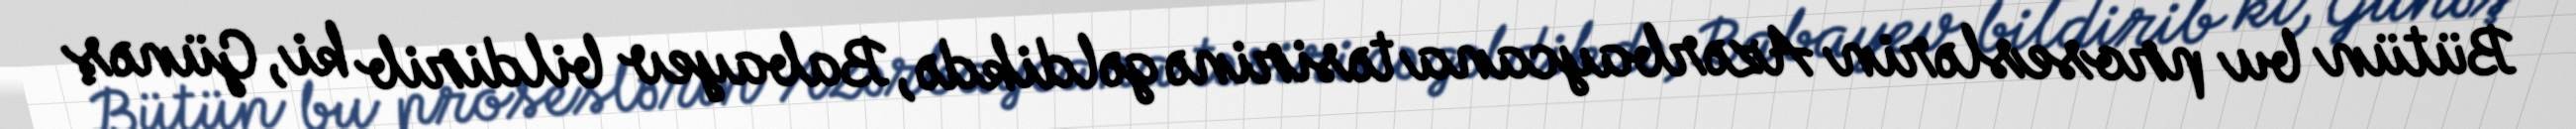
Bütün bu proseslərin Azərbaycana təsirinə gəldikdə, Babayev bildirib ki, Günəş